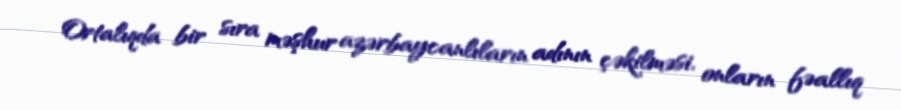
Ortalıqda bir sıra məşhur azərbaycanlıların adının çəkilməsi, onların fəallıq